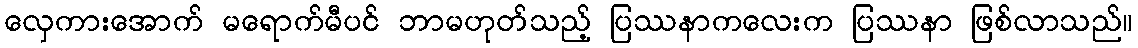
လှေကားအောက် မရောက်မီပင် ဘာမဟုတ်သည့် ပြဿနာကလေးက ပြဿနာ ဖြစ်လာသည်။